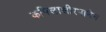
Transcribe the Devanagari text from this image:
कपिलाक्षीरपानेन